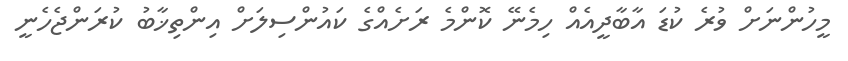
މީހުންނަށް ވުރެ ކުޑަ އާބާދީއެއް ހިމެނޭ ކޮންމެ ރަށެއްގެ ކައުންސިލަށް އިންތިޚާބު ކުރަންޖެހެނީ